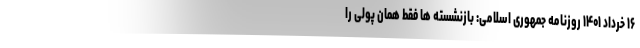
۱۶ خرداد ۱۴۰۱ روزنامه جمهوری اسلامی: بازنشسته ها فقط همان پولی را